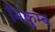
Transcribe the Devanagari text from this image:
निकुम्ब